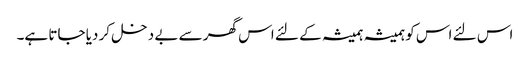
اس لئے اس کو ہمیشہ ہمیشہ کے لئے اس گھر سے بے دخل کر دیا جاتا ہے۔